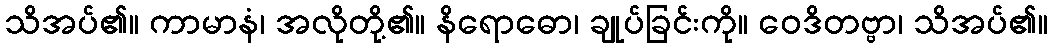
သိအပ်၏။ ကာမာနံ၊ အလိုတို့၏။ နိရောဓော၊ ချုပ်ခြင်းကို။ ဝေဒိတဗ္ဗာ၊ သိအပ်၏။